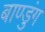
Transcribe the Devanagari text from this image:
बाण्डुंग